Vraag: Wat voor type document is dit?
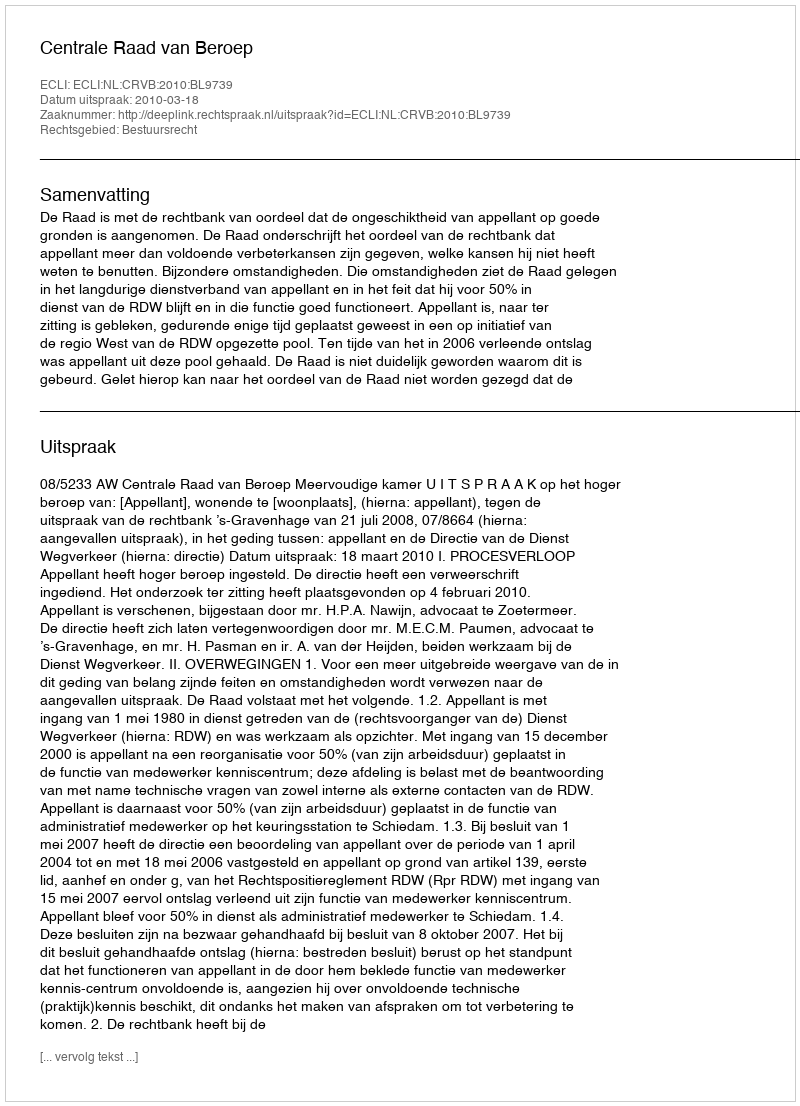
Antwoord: Uitspraak